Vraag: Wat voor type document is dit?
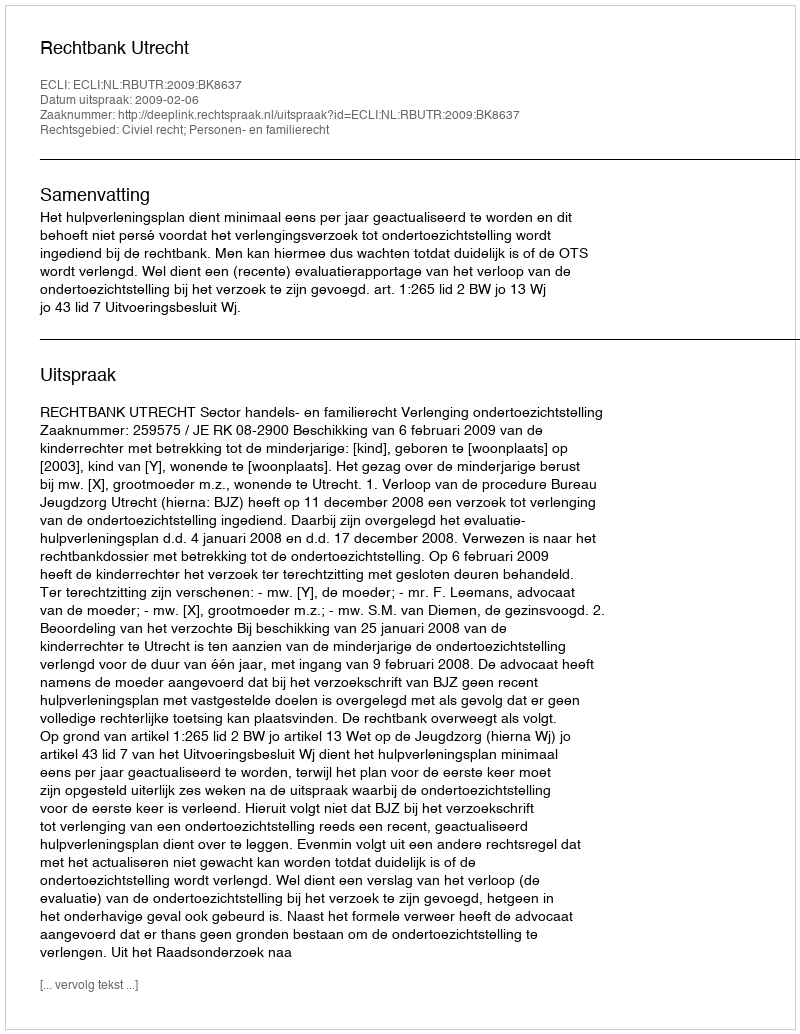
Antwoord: Uitspraak